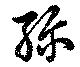
弥